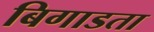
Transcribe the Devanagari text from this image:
बिगाडता